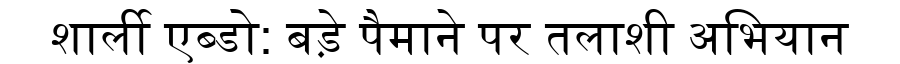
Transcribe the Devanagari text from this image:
शार्ली एब्डो: बड़े पैमाने पर तलाशी अभियान